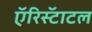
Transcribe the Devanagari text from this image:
एॅरिस्टॅाटल